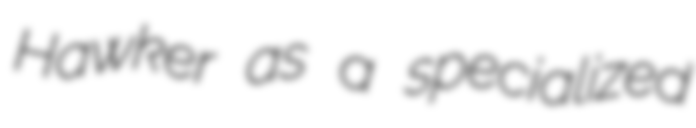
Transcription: Hawker as a specialized